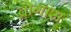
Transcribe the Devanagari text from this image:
ब्रोगांस